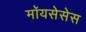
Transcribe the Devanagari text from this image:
मॉयसेसेस